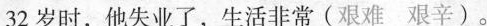
32岁时，他失业了，生活非常(艰难艰辛)。